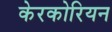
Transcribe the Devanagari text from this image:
केरकोरियन